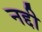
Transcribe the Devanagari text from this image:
नद्दी